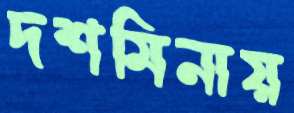
দশমিনায়